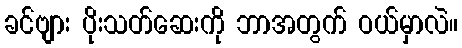
ခင်ဗျား ပိုးသတ်ဆေးကို ဘာအတွက် ဝယ်မှာလဲ။